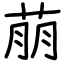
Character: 萠